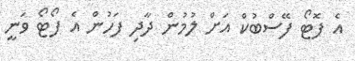
އެ ފޮޓޯ ފޭސްބުކް އަށް ލުމުން ދާދި ފަހުން އެ ފޯޓޯ ވަނީ